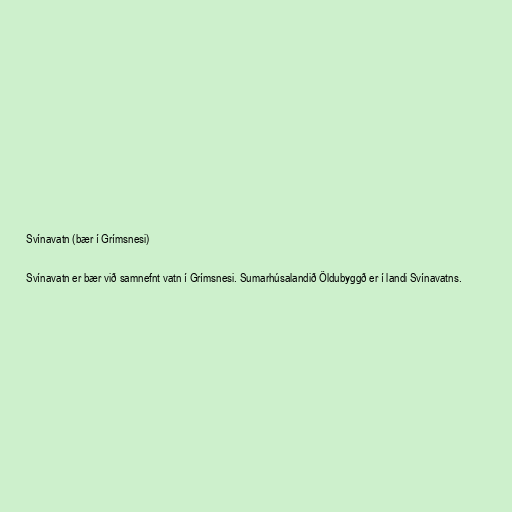
Svínavatn (bær í Grímsnesi)

Svínavatn er bær við samnefnt vatn í Grímsnesi. Sumarhúsalandið Öldubyggð er í landi Svínavatns.